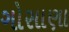
ગોસાણા